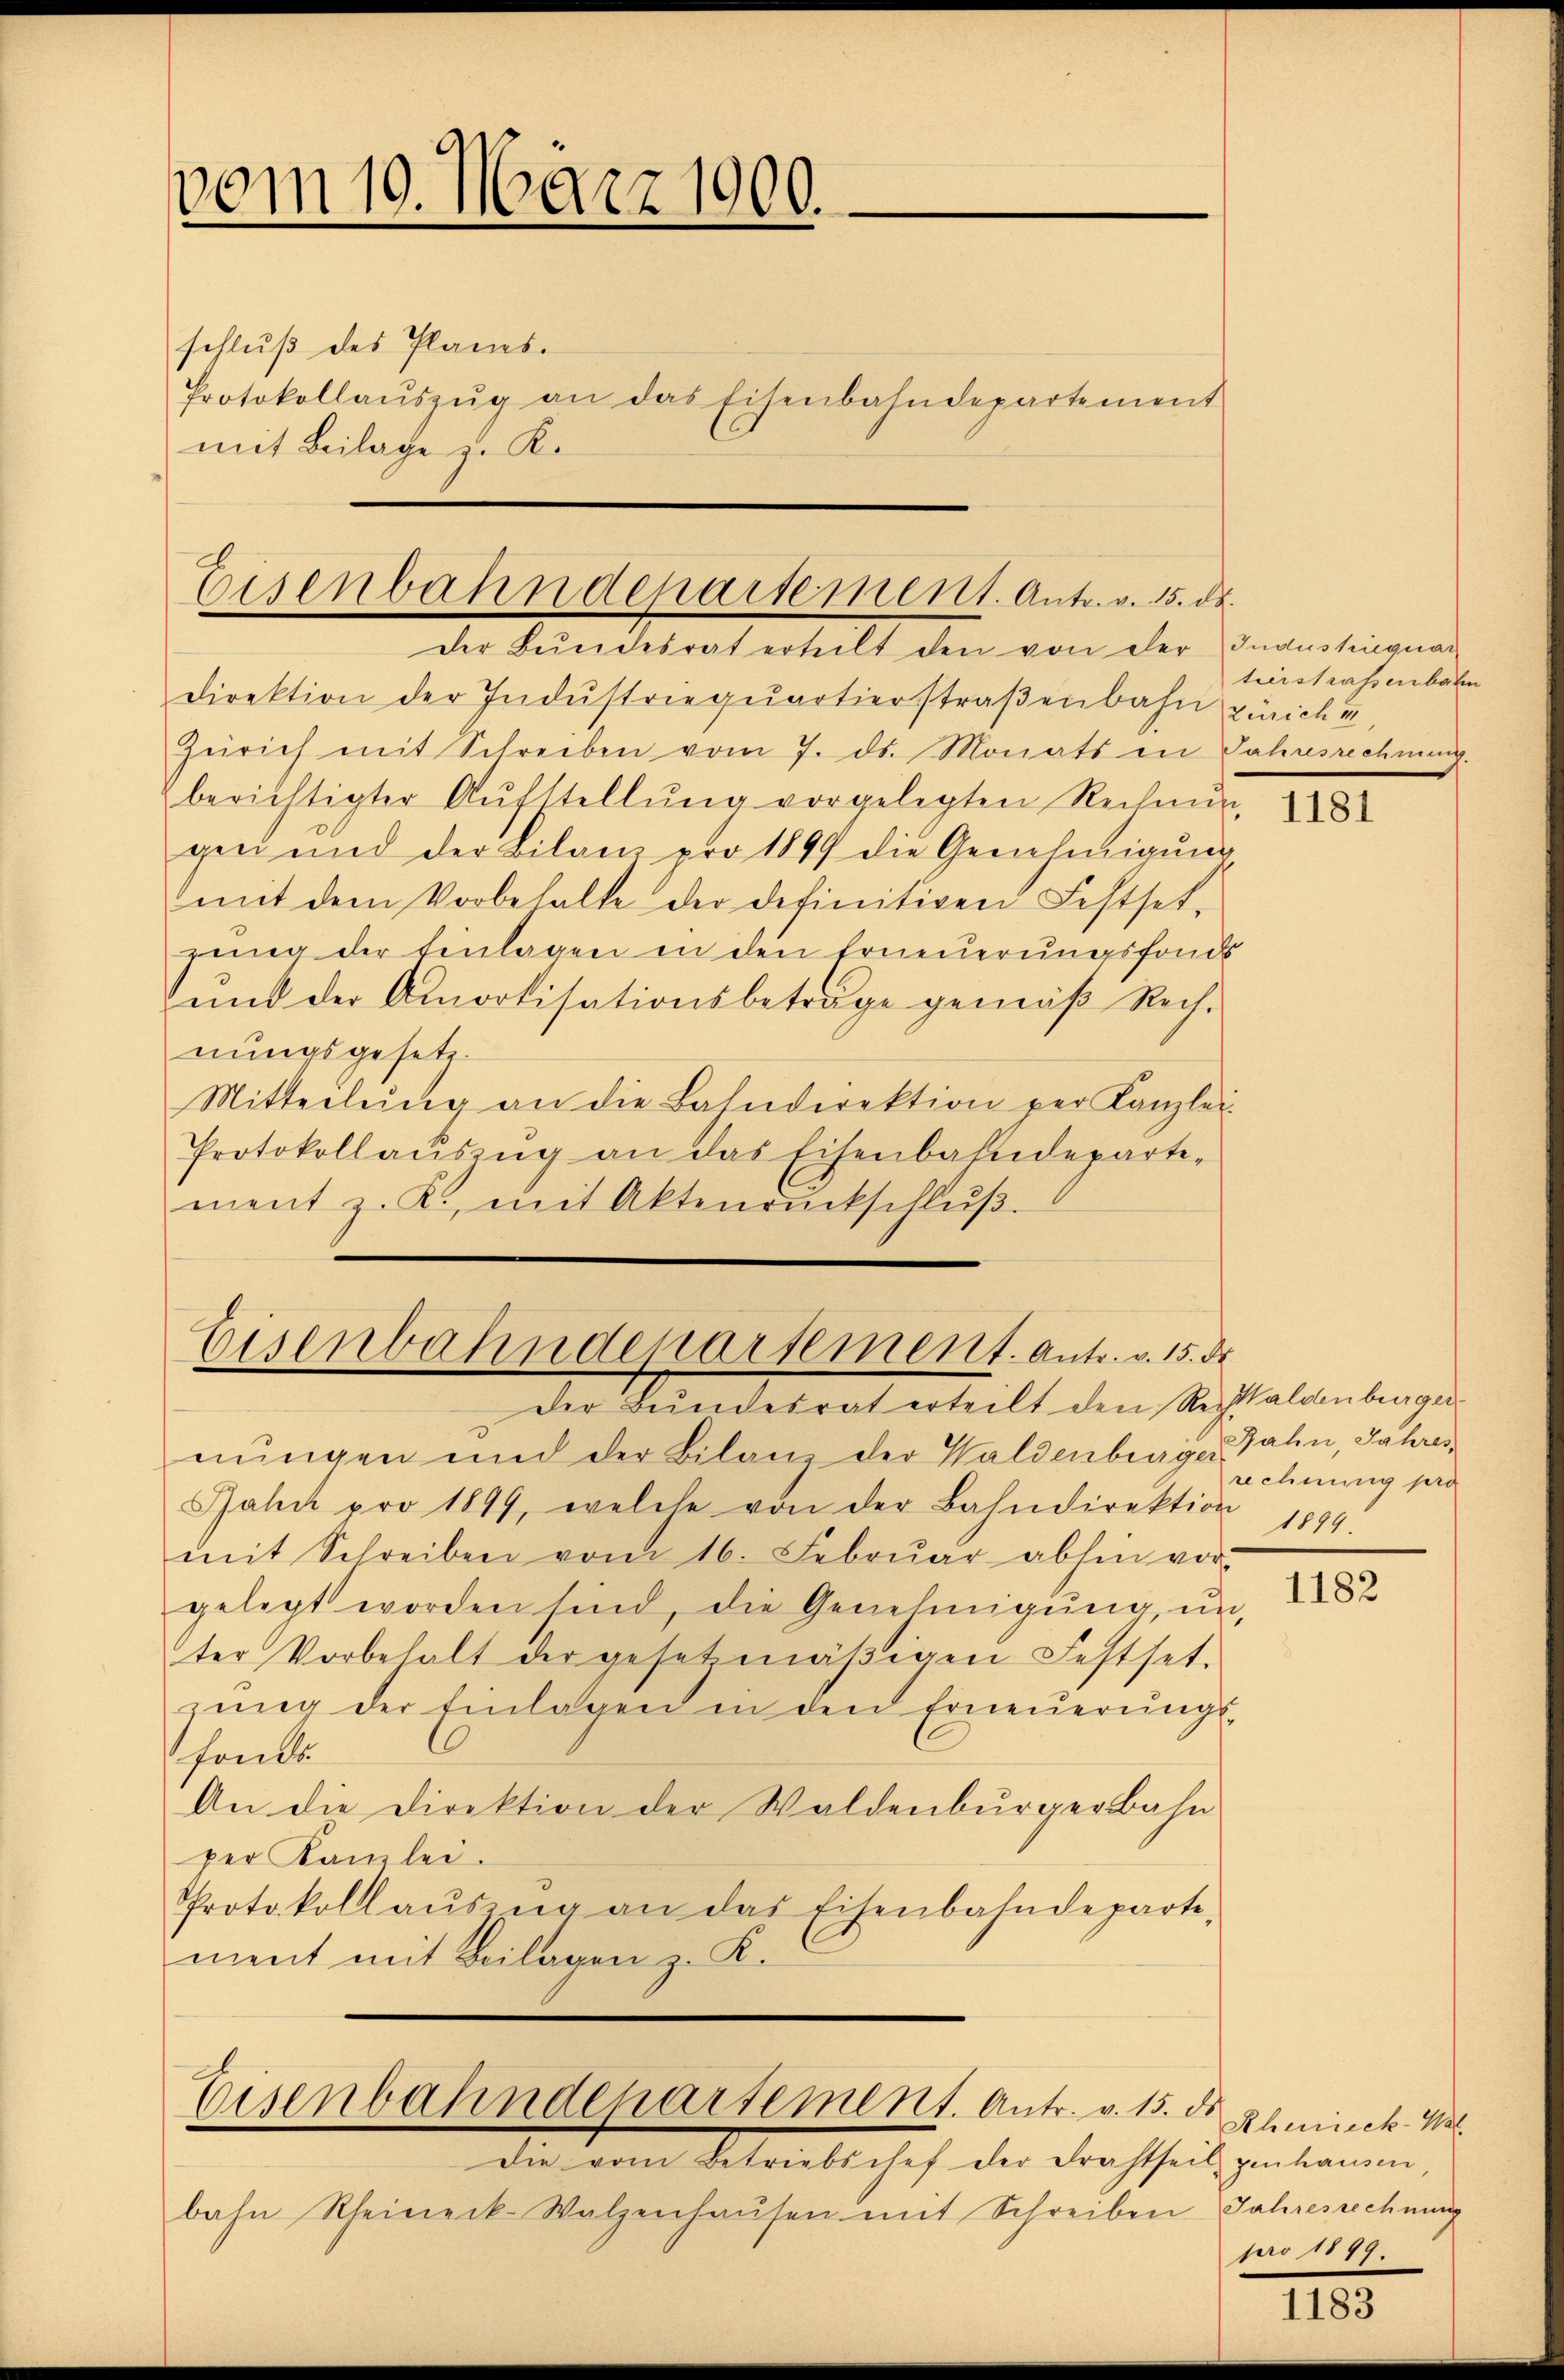
vom 19. März 1900.

schluß des Planes.
Protokollaŭszŭg an das Eisenbahndepartement
mit Beilage z. K.

Eisenbahndepartement. Antr. v. 15. ds.

der Bundesrat erteilt den von der Industinquar
direktion der Indŭstrieqŭartierstraβenbahn Zürich u
Zürich mit Schreiben vom 7. ds. Monats in Jahresrechnung.
berichtigter Aŭfstellŭng vorgelegten Rechnŭng
gen und der Bilanz pro 1899 die Genehmigung
mit dem Vorbehalte der definitiven Festset-
gung der Einlagen in den Erneuerungsfonds
unt der Amortisationsbeträge gemäß Rechnungsgesetz.
Mitteilŭng an die Bahndirektion per Kanzlei-
Protokollaŭszŭg an das Eisenbahndepartement z. K., mit Aktenrückschlŭβ

Eisenbahndepartement. Antr. v. 15. d.

Eisenbahndepartement. Antr. v. 15. ds.

Der Bundesrat erteilt den Rechaldenburger
nŭngen und der Bilanz der Waldenberger Bahn, Jahres
Jahi pro 1899, welche von der Bahndirektion
mit Schreiben vom 16. Febrŭar absen vor
gelegt worden sind, die Genehmigŭng ŭn-
ter Vorbehalt der gesetzmäβigen Festset-
gŭng der Einlagen in den Erneŭerŭngs-
fonds
An die Direktion der Waldenburgerbahn
per Kanzlei.
Protokollaŭszŭg an das Eisenbahndeparte,
ment mit Beilagen z. K.

die vom Betriebschef der Frachtheil genhausen,
bahn Rheineck-Walzenhaŭsen mit Schreiben Jahresrechnung

tierstrassenbahn

1181

rechnung pra
1899.

1182

Kheieck-Wal
pro 1877.